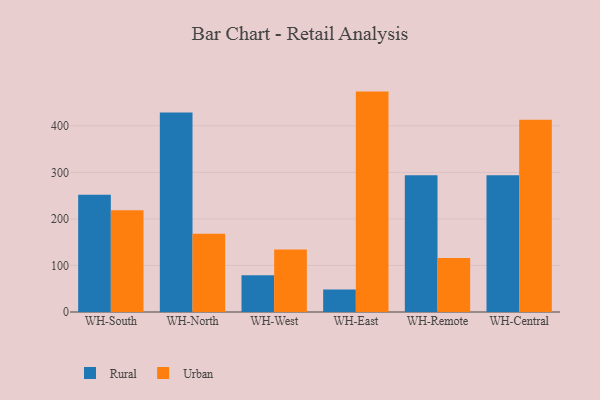
{"axis": {"x": "Warehouse", "y": "Latency (ms)"}, "legend": ["Rural", "Urban"], "data": [{"x": "WH-South", "y": 251.7, "type": "Rural"}, {"x": "WH-South", "y": 218.7, "type": "Urban"}, {"x": "WH-North", "y": 428.5, "type": "Rural"}, {"x": "WH-North", "y": 168.3, "type": "Urban"}, {"x": "WH-West", "y": 79.1, "type": "Rural"}, {"x": "WH-West", "y": 134.4, "type": "Urban"}, {"x": "WH-East", "y": 48.4, "type": "Rural"}, {"x": "WH-East", "y": 473.5, "type": "Urban"}, {"x": "WH-Remote", "y": 293.6, "type": "Rural"}, {"x": "WH-Remote", "y": 115.8, "type": "Urban"}, {"x": "WH-Central", "y": 293.8, "type": "Rural"}, {"x": "WH-Central", "y": 413.2, "type": "Urban"}]}